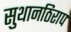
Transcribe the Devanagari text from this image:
सुथानठिराप